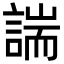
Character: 諯